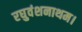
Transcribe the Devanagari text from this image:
रघुवंशनाथम।